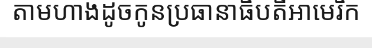
តាមហាងដូចកូនប្រធានាធិបតីអាមេរិក